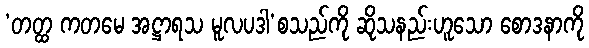
‘တတ္ထ ကတမေ အဋ္ဌာရသ မူလပဒါ’စသည်ကို ဆိုသနည်းဟူသော စောဒနာကို